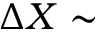
\Delta X \sim